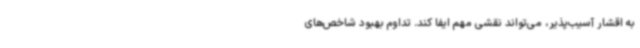
به اقشار آسیب‌پذیر، می‌تواند نقشی مهم ایفا کند. تداوم بهبود شاخص‌های